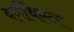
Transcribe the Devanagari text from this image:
बर्गथिएटर